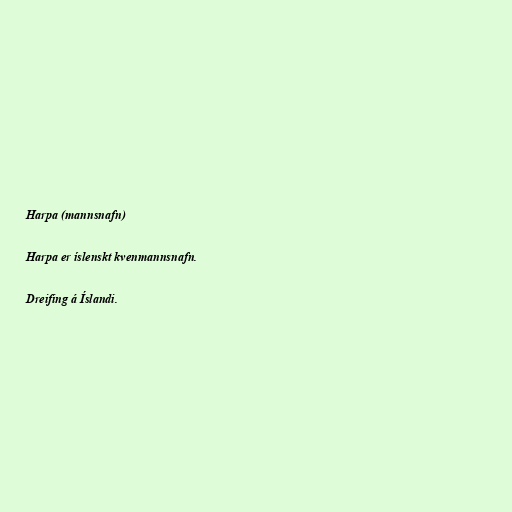
Harpa (mannsnafn)

Harpa er íslenskt kvenmannsnafn.

Dreifing á Íslandi.